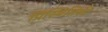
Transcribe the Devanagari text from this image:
प्रिस्थितिकी